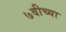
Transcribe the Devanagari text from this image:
७वीच्या